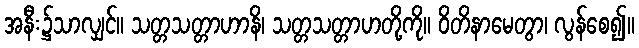
အနီး၌သာလျှင်။ သတ္တသတ္တာဟာနိ၊ သတ္တသတ္တာဟတို့ကို။ ဝိတိနာမေတွာ၊ လွန်စေ၍။